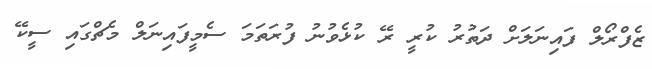
ޒެފްރޯލް ފައިނަލަށް ދަތުރު ކުރީ ރޭ ކުޅެވުނު ފުރަތަމަ ސެމީފައިނަލް މެޗްގައި ސީކޭ